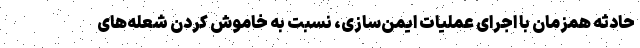
حادثه همزمان با اجرای عملیات ایمن‌سازی، نسبت به خاموش کردن شعله‌های